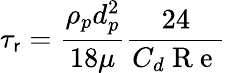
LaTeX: \tau_{\mathsf{r}}=\frac{{\rho_{p}d_{p}^{2}}}{{18\mu}}\frac{{24}}{{C_{d}\mathrm{{~R~e~}}}}